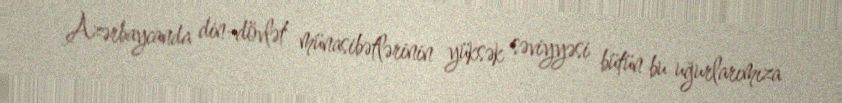
Azərbaycanda din-dövlət münasibətlərinin yüksək səviyyəsi bütün bu uğurlarımıza